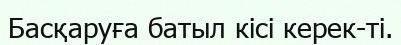
Басқаруға батыл кісі керек-ті.